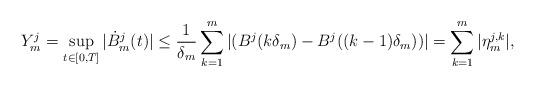
LaTeX: \begin{align*}Y_m^j = \sup_{t \in [0,T]} |\dot{B}_m^j(t)| \leq \frac{1}{\delta_m} \sum_{k=1}^m | ( B^j(k\delta_m) - B^j((k-1) \delta_m) ) | = \sum_{k=1}^m |\eta_m^{j,k}|,\end{align*}